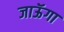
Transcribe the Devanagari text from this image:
जाऊॅगा